Civil Veterinary Dept. Assam report 1927-50 - 1927-1950
Year: 1927
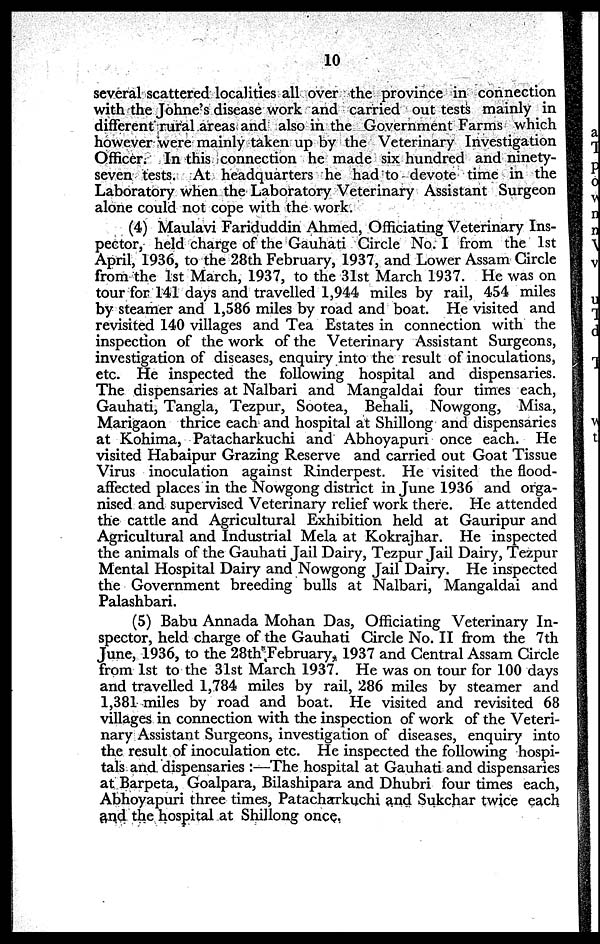
10
several scattered localities all over the province in connection
with the Johne's disease work and carried out tests mainly in
different rural areas and also in the Government Farms which
however were mainly taken up by the Veterinary Investigation
Officer. In this connection he made six hundred and ninety-
seven tests. At headquarters he had to devote time in the
Laboratory when the Laboratory Veterinary Assistant Surgeon
alone could not cope with the work.
(4) Maulavi Fariduddin Ahmed, Officiating Veterinary Ins-
pector, held charge of the Gauhati Circle No. I from the 1st
April, 1936, to the 28th February, 1937, and Lower Assam Circle
from the 1st March, 1937, to the 31st March 1937. He was on
tour for 141 days and travelled 1,944 miles by rail, 454 miles
by steamer and 1,586 miles by road and boat. He visited and
revisited 140 villages and Tea Estates in connection with the
inspection of the work of the Veterinary Assistant Surgeons,
investigation of diseases, enquiry into the result of inoculations,
etc. He inspected the following hospital and dispensaries.
The dispensaries at Nalbari and Mangaldai four times each,
Gauhati, Tangla, Tezpur, Sootea, Behali, Nowgong, Misa,
Marigaon thrice each and hospital at Shillong and dispensaries
at Kohima, Patacharkuchi and Abhoyapuri once each. He
visited Habaipur Grazing Reserve and carried out Goat Tissue
Virus inoculation against Rinderpest. He visited the flood-
affected places in the Nowgong district in June 1936 and orga-
nised and supervised Veterinary relief work there. He attended
the cattle and Agricultural Exhibition held at Gauripur and
Agricultural and Industrial Mela at Kokrajhar. He inspected
the animals of the Gauhati Jail Dairy, Tezpur Jail Dairy, Tezpur
Mental Hospital Dairy and Nowgong Jail Dairy. He inspected
the Government breeding bulls at Nalbari, Mangaldai and
Palashbari.
(5) Babu Annada Mohan Das, Officiating Veterinary In-
spector, held charge of the Gauhati Circle No. II from the 7th
June, 1936, to the 28th February, 1937 and Central Assam Circle
from 1st to the 31st March 1937. He was on tour for 100 days
and travelled 1,784 miles by rail, 286 miles by steamer and
1,381 miles by road and boat. He visited and revisited 68
villages in connection with the inspection of work of the Veteri-
nary Assistant Surgeons, investigation of diseases, enquiry into
the result of inoculation etc. He inspected the following hospi-
tals and dispensaries :—The hospital at Gauhati and dispensaries
at Barpeta, Goalpara, Bilashipara and Dhubri four times each,
Abhoyapuri three times, Patacharkuchi and Sukchar twice each
and the hospital at Shillong once.